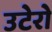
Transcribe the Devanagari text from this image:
उटेरो